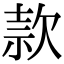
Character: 款